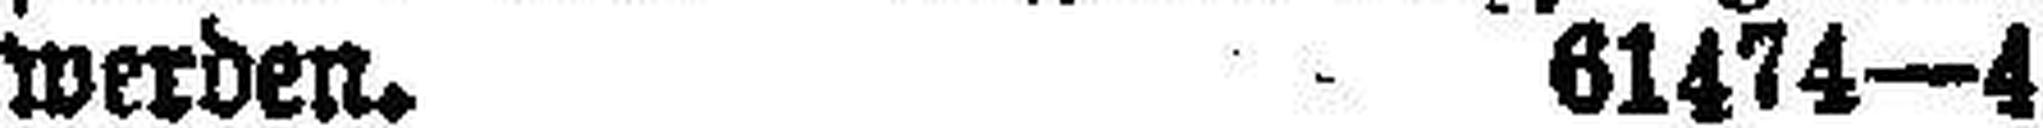
werden. 61474—4